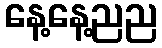
နေ့နေ့ညည